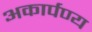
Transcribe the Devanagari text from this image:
अकार्पण्य